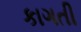
કાગતી